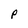
Character: P